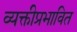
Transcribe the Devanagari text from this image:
व्यक्तीप्रभावित